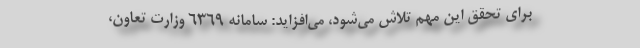
برای تحقق این مهم تلاش می‌شود، می‌افزاید: سامانه ۶۳۶۹ وزارت تعاون،